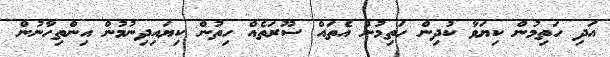
އަދި ހަތިމުން ކިޔަވާ ކުދިން ހަތިމުން އެތައް ސޫރަތެއް ހިތުން ކިޔައިދިނުމުން އިންތިހާނުން